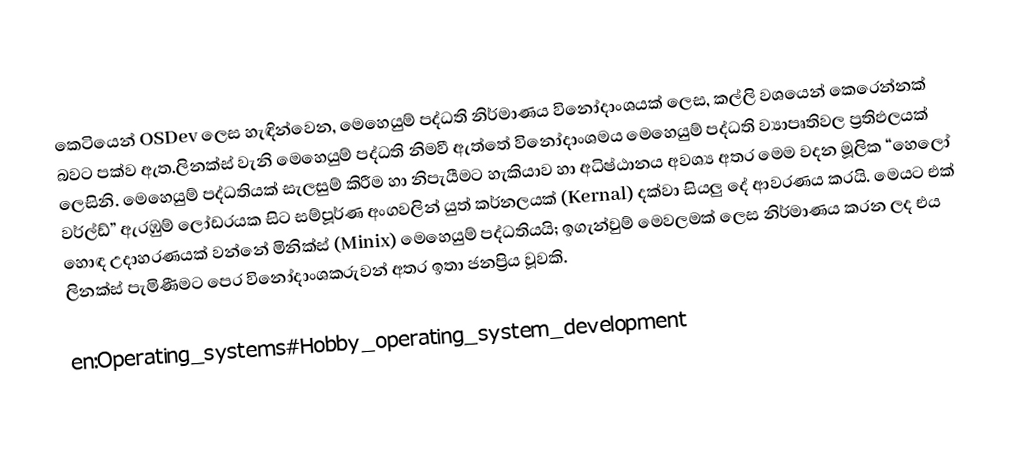
කෙටියෙන් OSDev ලෙස හැඳින්වෙන, මෙහෙයුම් පද්ධති නිර්මාණය විනෝදාංශයක් ලෙස, කල්ලි වශයෙන් කෙරෙන්නක් බවට පක්ව ඇත.ලිනක්ස් වැනි මෙහෙයුම් පද්ධති නිමවී ඇත්තේ විනෝදාංශමය මෙහෙයුම් පද්ධති ව්‍යාපෘතිවල  ප්‍රතිඵලයක් ලෙසිනි. මෙහෙයුම් පද්ධතියක් සැලසුම් කිරීම හා නිපැයීමට හැකියාව හා අධිෂ්ඨානය අවශ්‍ය අතර මෙම වදන මූලික “හෙලෝ වර්ල්ඩ්” ඇරඹුම් ලෝඩරයක සිට සම්පූර්ණ අංගවලින් යුත් කර්නලයක් (Kernal) දක්වා සියලු දේ ආවරණය කරයි. මෙයට එක් හොඳ උදාහරණයක් වන්නේ මිනික්ස් (Minix) මෙහෙයුම් පද්ධතියයි; ඉගැන්වුම් මෙවලමක් ලෙස නිර්මාණය කරන ලද එය ලිනක්ස් පැමිණීමට පෙර විනෝදාංශකරුවන් අතර ඉතා ජනප්‍රිය වූවකි.

en:Operating_systems#Hobby_operating_system_development